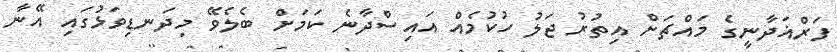
ފަރްޣަދާނީގެ މައްޗަށް އިތުރު ޖަލު ހުކުމެއް އައިސްދާނެ ކަމަށް ބެލެވޭ މިދަނޑިވަޅުގައި އޭނާ